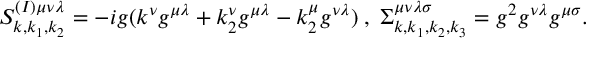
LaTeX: S _ { k , k _ { 1 } , k _ { 2 } } ^ { ( I ) \mu \nu \lambda } = - i g ( k ^ { \nu } g ^ { \mu \lambda } + k _ { 2 } ^ { \nu } g ^ { \mu \lambda } - k _ { 2 } ^ { \mu } g ^ { \nu \lambda } ) \; , \; \Sigma _ { k , k _ { 1 } , k _ { 2 } , k _ { 3 } } ^ { \mu \nu \lambda \sigma } = g ^ { 2 } g ^ { \nu \lambda } g ^ { \mu \sigma } .